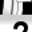
Digit: 2